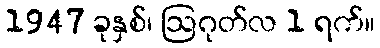
1947 ခုနှစ်၊ ဩဂုတ်လ 1 ရက်။